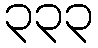
၃၃၃